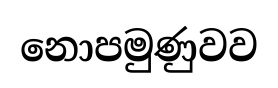
නොපමුණුවව